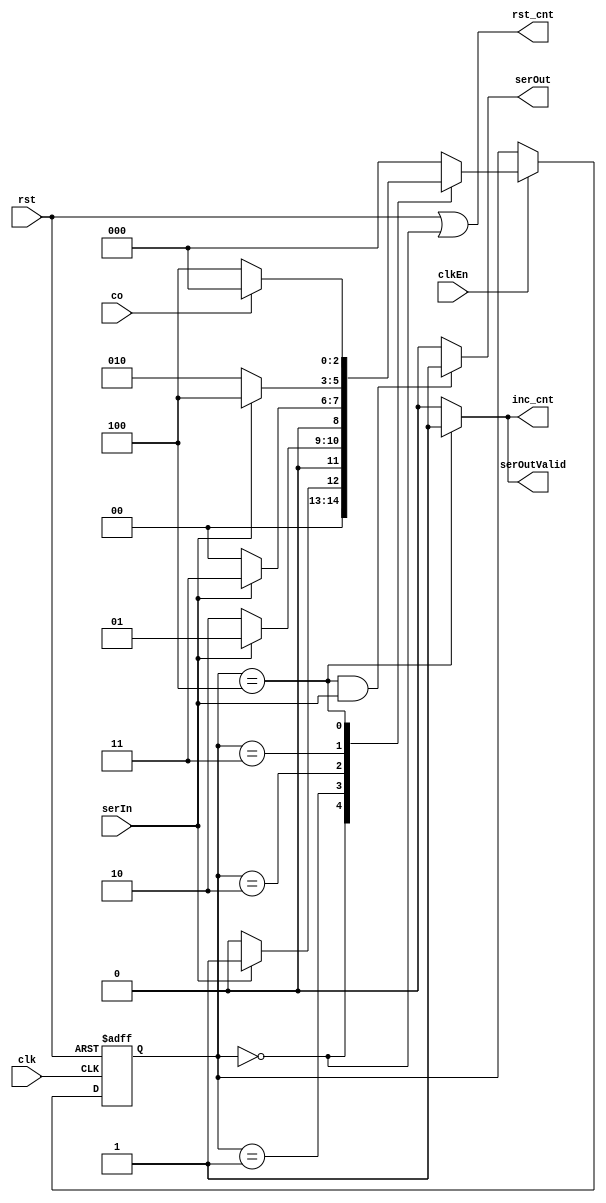
`timescale 1ns / 1ns
module SequenceDetector(input clk, rst, serIn, clkEn, co, output serOut, serOutValid, inc_cnt, rst_cnt);
  reg [2:0] ns, ps;
  
	always @(ps, serIn,co) begin
		ns = 3'b000;
		case(ps)
			3'b000 : ns= serIn ? 3'b001 : 3'b000;
			3'b001 : ns= serIn ? 3'b001 : 3'b010;
			3'b010 : ns= serIn ? 3'b011 : 3'b000;
			3'b011 : ns= serIn ? 3'b100 : 3'b010;
			3'b100 : ns= co ? 3'b000 : 3'b100;
			default : ns= 3'b000;
		endcase
	end
	
	assign rst_cnt = rst | (ps == 3'b000);
	assign serOut = (ps == 3'b100 && serIn == 1'b1) ? 1'b1 : 1'b0;
	assign serOutValid = (ps == 3'b100) ? 1'b1 : 1'b0;
	assign inc_cnt = (ps == 3'b100) ? 1'b1 : 1'b0;
	
	always @(posedge clk, posedge rst) begin
	  if(rst)
	    ps = 3'b000;
    else
      if (clkEn)
        ps <= ns;
	end
endmodule